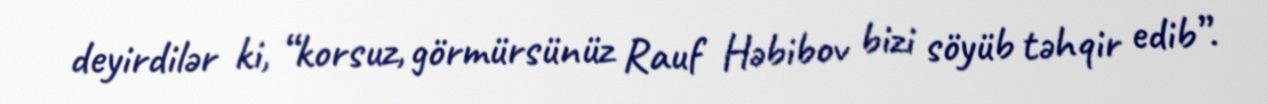
deyirdilər ki, “korsuz, görmürsünüz Rauf Həbibov bizi söyüb təhqir edib”.